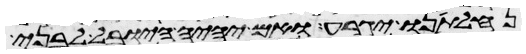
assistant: נחלתנו יגרע ואם יהיה היובל לבני